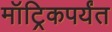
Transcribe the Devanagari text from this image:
मॉट्रिकपर्यंत